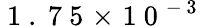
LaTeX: {\mathrm{~1~.~7~5~}\! \times\! \mathrm{~1~0~}^{-\mathrm{~3~}}}